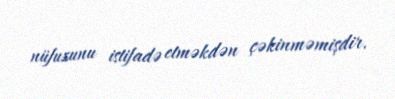
nüfuzunu istifadə etməkdən çəkinməmişdir.